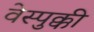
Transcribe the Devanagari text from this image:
वेस्पुक्की